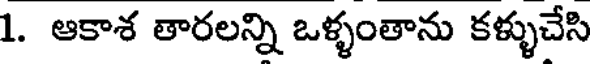
1. ఆకాశ తారలన్ని ఒళ్ళంతాను కళ్ళుచేసి